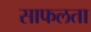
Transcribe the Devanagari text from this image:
साफलता